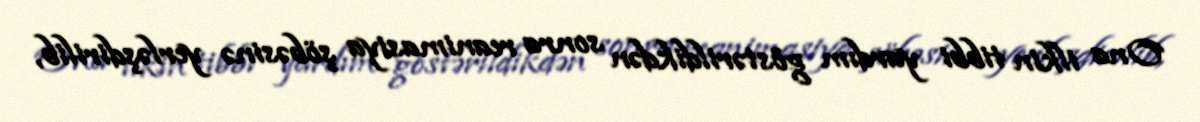
Ona ilkin tibbi yardım göstərildikdən sonra reanimasiya şöbəsinə yerləşdirilib,